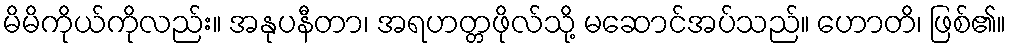
မိမိကိုယ်ကိုလည်း။ အနုပနီတာ၊ အရဟတ္တဖိုလ်သို့ မဆောင်အပ်သည်။ ဟောတိ၊ ဖြစ်၏။